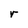
Character: r